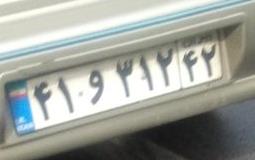
۴۱و۳۱۲۴۲